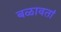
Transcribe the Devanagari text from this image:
बळावतां